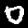
Digit: 0